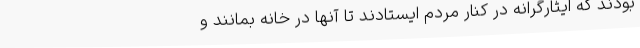
بودند که ایثارگرانه در کنار مردم ایستادند تا آنها در خانه بمانند و